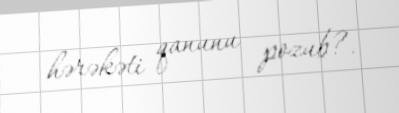
hərəkəti qanunu pozub?.